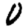
Digit: 0